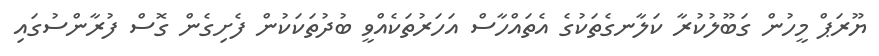
ޔޫރަޕް މީހުން ގަބޫލުކުރާ ކަލާނގެތަކުގެ އެތައްހާސް އަހަރުތަކެއްވީ ބުދުތަކަކުން ފެށިގެން ގޮސް ފުރާންސުގައި